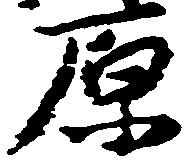
原